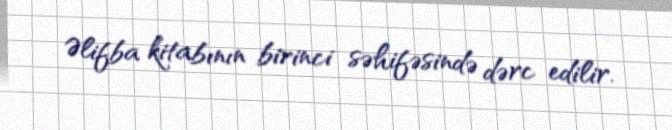
Əlifba kitabının birinci səhifəsində dərc edilir.